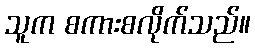
သူက စကားစလိုက်သည်။